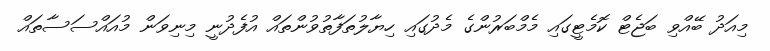
މިއަދު ބޭއްވި ބަޖެޓް ކޮމެޓީގައި މެމްބަރުންގެ މެދުގައި ހިޔާލުތަފާތުވުންތައް އުފެދުނީ މިނިވަން މުއައްސަސާތައް